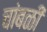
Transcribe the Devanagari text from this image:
चांबळी